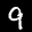
Label: 9